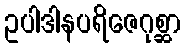
ဥပါဒါနပရိဇေဂုစ္ဆာ